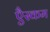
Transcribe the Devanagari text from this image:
एैस्कम